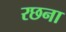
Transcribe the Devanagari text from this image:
रछना